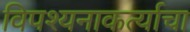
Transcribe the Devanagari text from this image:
विपश्यनाकर्त्याचा